Punjab Mental Hospital Lahore 1932-46 - 1932-1946
Year: 1932
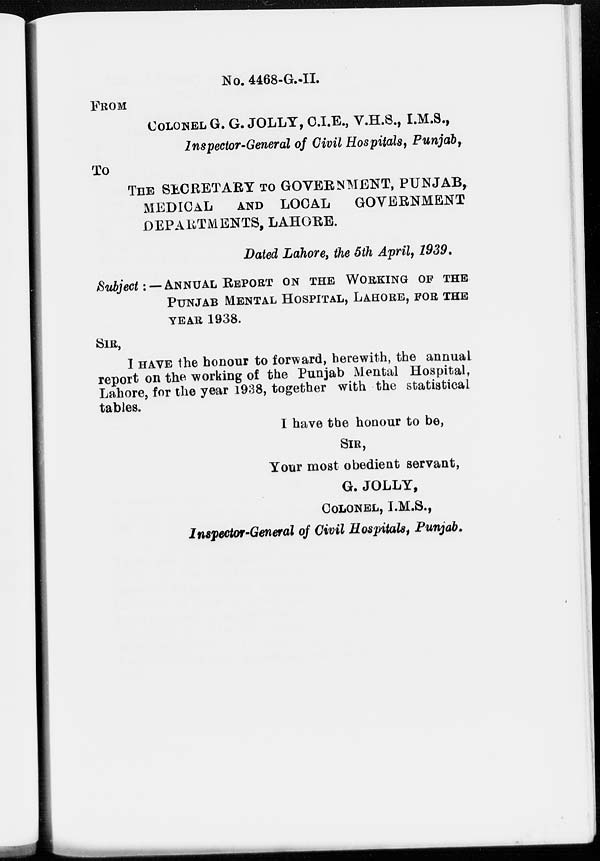
No. 4468-G.-II.
FROM
COLONEL G. G. JOLLY, C.I.E., V.H.S., I.M.S.,
Inspector-General of Civil Hospitals, Punjab,
To
THE SECRETARY TO GOVERNMENT, PUNJAB,
MEDICAL
AND LOCAL
GOVERNMENT
DEPARTMENTS, LAHORE.
Dated Lahore, the 5th April, 1939.
Subject : — ANNUAL REPORT ON THE WORKING OF THE
PUNJAB MENTAL HOSPITAL, LAHORE, FOR THE
YEAR 1938.
SIR,
I HAVE the honour to forward, herewith, the annual
report on the working of the Punjab Mental Hospital,
Lahore, for the year 1938, together with the statistical
tables.
I have the honour to be,
SIR,
Your most obedient servant,
G. JOLLY,
COLONEL, I.M.S.,
Inspector-General of Civil Hospitals, Punjab.